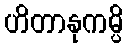
ဟိတာနုကမ္ပိ